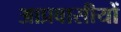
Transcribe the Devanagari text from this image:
आप्रवासीयों